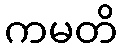
ကမတိ